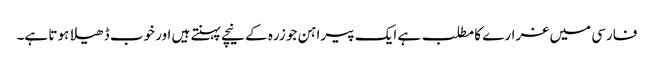
فارسی میں غرارے کا مطلب ہے ایک پیراہن جو زرہ کے نیچے پہنتے ہیں اور خوب ڈھیلا ہوتا ہے۔